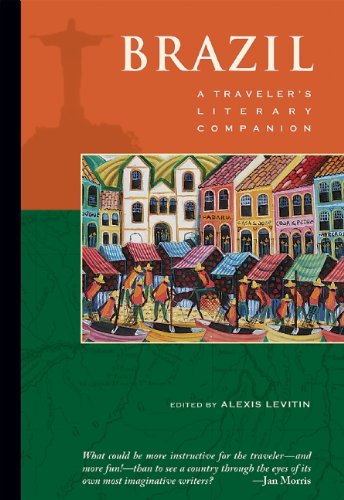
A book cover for Brazil: A Traveler's Literary Companion (Traveler's Literary Companions); Travel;